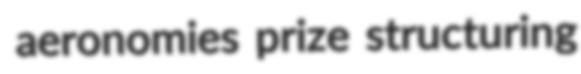
aeronomies prize structuring